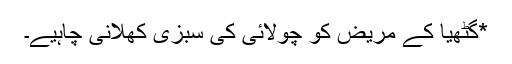
*گٹھیا کے مریض کو چولائی کی سبزی کھلانی چاہیے۔